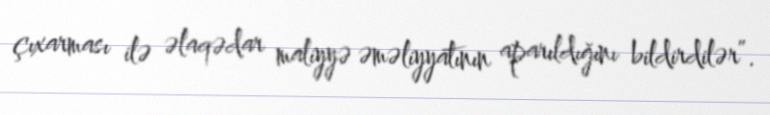
çıxarması ilə əlaqədar maliyyə əməliyyatının aparıldığını bildirdilər”.